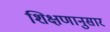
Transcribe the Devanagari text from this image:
शिक्षणानुसार